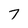
Character: 7